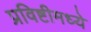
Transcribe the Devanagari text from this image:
प्रविष्टीमध्ये